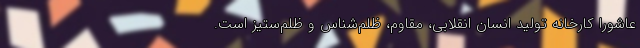
عاشورا کارخانه تولید انسان انقلابی، مقاوم، ظلم‌شناس و ظلم‌ستیز است.